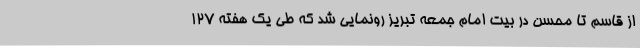
از قاسم تا محسن در بیت امام جمعه تبریز رونمایی شد که طی یک هفته 127